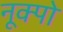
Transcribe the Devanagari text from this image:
नूक्पो